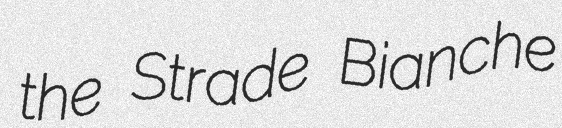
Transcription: the Strade Bianche